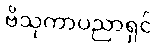
ဗိသုကာပညာရှင်